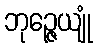
ဘုဉ္ဇေယျုံ